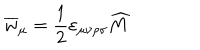
\overline { { { w } } } _ { \mu } = \frac 1 2 \varepsilon _ { \mu \nu \rho \sigma } \widehat { M }